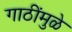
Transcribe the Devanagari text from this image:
गाठींमुळे